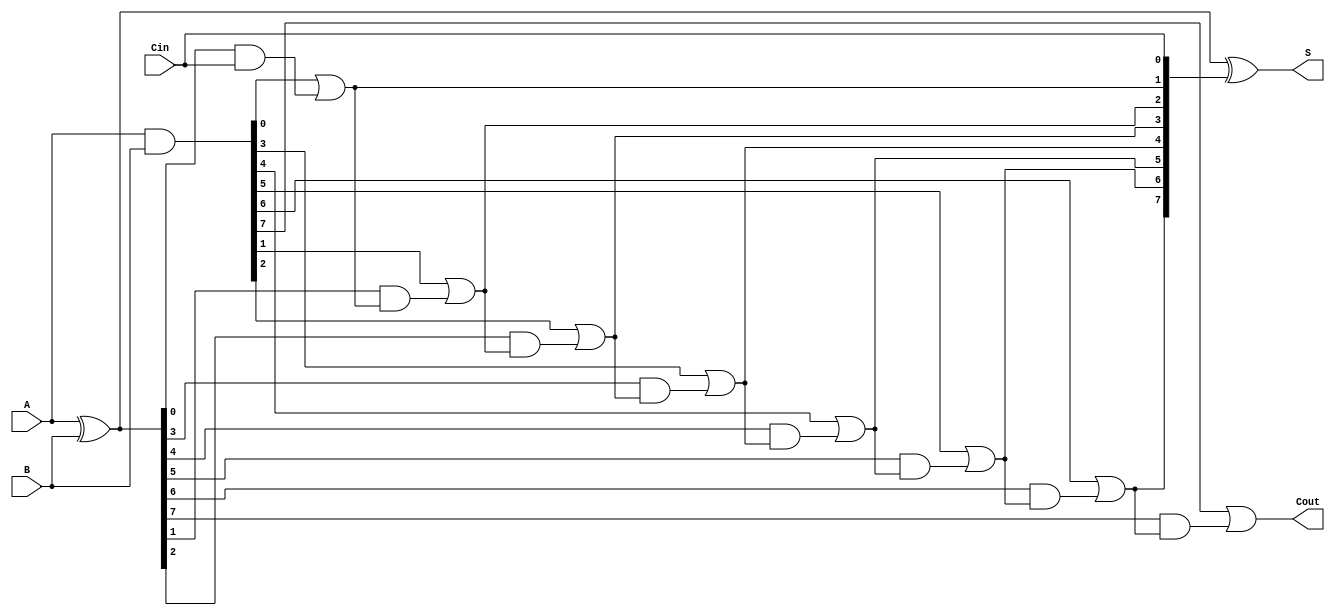
module brent_kung_adder #(parameter n = 8) (
    input  [n-1:0] A,      // First operand
    input  [n-1:0] B,      // Second operand
    input          Cin,     // Carry input
    output [n-1:0] S,      // Sum output
    output         Cout     // Carry output
);

    wire [n-1:0] P;        // Propagate signals
    wire [n-1:0] G;        // Generate signals
    wire [n:0] C;          // Carry signals

    // Preliminary step: Compute propagate and generate signals
    assign P = A ^ B;      // P[i] = A[i] XOR B[i]
    assign G = A & B;      // G[i] = A[i] AND B[i]

    // Stage 1: Compute first-level carry
    assign C[0] = Cin;     // C[0] = Cin
    assign C[1] = G[0] | (P[0] & C[0]); // C[1] = G[0] + (P[0] * Cin)

    // Stage 2: Compute higher-level carries
    genvar i;
    generate
        for (i = 1; i < n; i = i + 1) begin : carry_generation
            assign C[i + 1] = G[i] | (P[i] & C[i]); // C[i+1] = G[i] + (P[i] * C[i])
        end
    endgenerate

    // Final carry-out
    assign Cout = C[n]; // Cout = C[n]

    // Sum calculation
    assign S = P ^ C[n-1:0]; // S[i] = P[i] XOR C[i]

endmodule